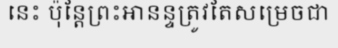
នេះ ប៉ុន្តែព្រះអានន្ទត្រូវតែសម្រេចជា